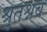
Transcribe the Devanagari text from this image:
श्रुतश्रव